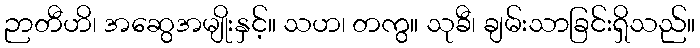
ဉာတီဟိ၊ အဆွေအမျိုးနှင့်။ သဟ၊ တကွ။ သုခီ၊ ချမ်းသာခြင်းရှိသည်။